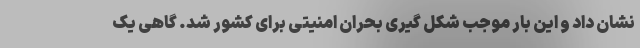
نشان داد و این بار موجب شکل گیری بحران امنیتی برای کشور شد. گاهی یک